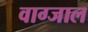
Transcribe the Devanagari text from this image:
वाग्जाल